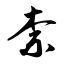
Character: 柰